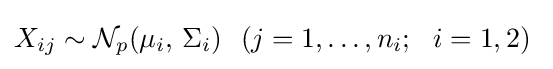
X_{ij}\sim {\mathcal {N}}_{p}(\mu _{i},\,\Sigma _{i})\ \ (j=1,\dots ,n_{i};\ \ i=1,2)\